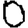
Digit: 0